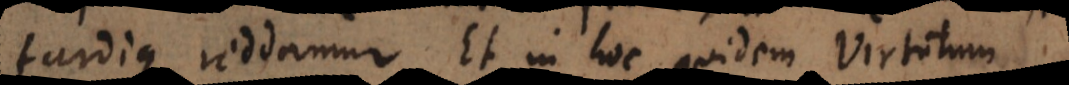
tardique reddamur. Et in hoc quidem virtutum